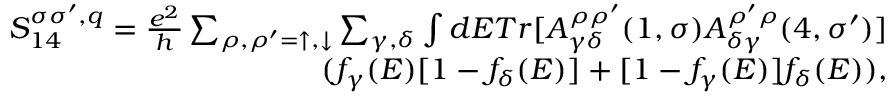
\begin{array} { r } { { S _ { 1 4 } ^ { \sigma \sigma ^ { \prime } , q } = \frac { e ^ { 2 } } { h } \sum _ { \rho , \rho ^ { \prime } = \uparrow , \downarrow } \sum _ { \gamma , \delta } \int d E T r [ A _ { \gamma \delta } ^ { \rho \rho ^ { \prime } } ( 1 , \sigma ) A _ { \delta \gamma } ^ { \rho ^ { \prime } \rho } ( 4 , \sigma ^ { \prime } ) ] } } \\ { { ( f _ { \gamma } ( E ) [ 1 - f _ { \delta } ( E ) ] + [ 1 - f _ { \gamma } ( E ) ] f _ { \delta } ( E ) ) , } } \end{array}